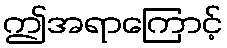
ဤအရာကြောင့်